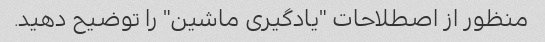
منظور از اصطلاحات "یادگیری ماشین" را توضیح دهید.